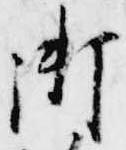
御